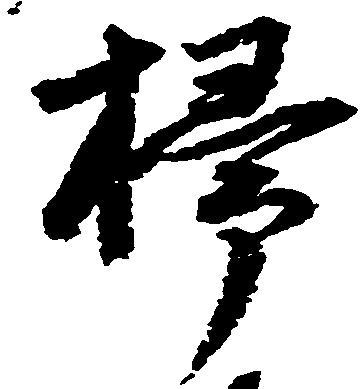
掃